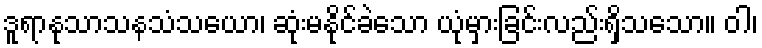
ဒူရာနုသာသနသံသယော၊ ဆုံးမနိုင်ခဲသော ယုံမှားခြင်းလည်းရှိသသော။ ဝါ၊